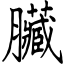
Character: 臟